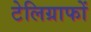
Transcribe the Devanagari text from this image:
टेलिग्राफों